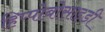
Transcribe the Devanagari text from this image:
हिप्पोबोसाइडी